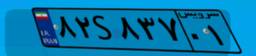
۸۲S۸۳۷۰۱